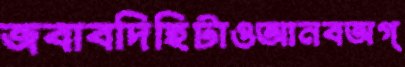
জবাবদিহিটাওআনবঅগ্